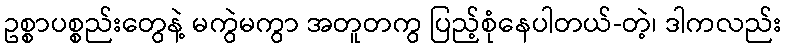
ဥစ္စာပစ္စည်းတွေနဲ့ မကွဲမကွာ အတူတကွ ပြည့်စုံနေပါတယ်-တဲ့၊ ဒါကလည်း